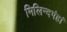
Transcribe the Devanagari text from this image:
मिलिन्दपंहां